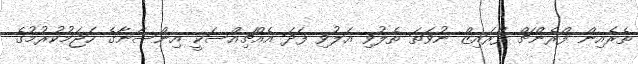
ތެރެއިން ފްރެންޗް ފްރައިޒް ނުވަތަ ތެލުވި އަލުވި ފަދަ އެއްޗިއްސަކީ އިންސާނާގެ ހަޖަމުކުރުމުގެ